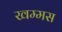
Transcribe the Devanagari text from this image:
खम्मस